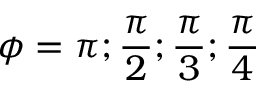
\phi = \pi ; \frac { \pi } { 2 } ; \frac { \pi } { 3 } ; \frac { \pi } { 4 }